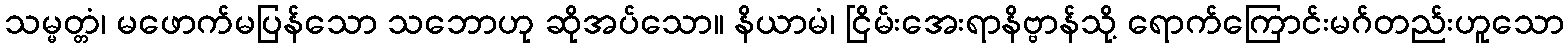
သမ္မတ္တံ၊ မဖောက်မပြန်သော သဘောဟု ဆိုအပ်သော။ နိယာမံ၊ ငြိမ်းအေးရာနိဗ္ဗာန်သို့ ရောက်ကြောင်းမဂ်တည်းဟူသော